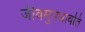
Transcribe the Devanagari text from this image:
जीवमुपधावति